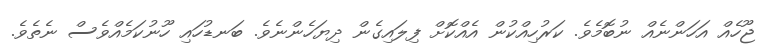
ޖޫހެއް އަހަންނެއް ނުބޮމެވެ. ކަރުހިއްކުން އެއްކޮށް ފިލައިގެން ދިޔަހެންނެވެ. ބަނޑުހައި ހޫނުކަމެއްވެސް ނެތެވެ.